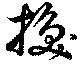
換